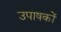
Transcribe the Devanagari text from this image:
उपाषकों